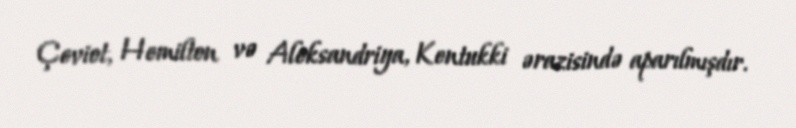
Çeviot, Hemilton və Aleksandriya, Kentukki ərazisində aparılmışdır.